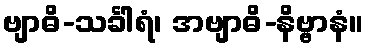
ဗျာဓိ-သင်္ခါရံ၊ အဗျာဓိ-နိဗ္ဗာနံ။